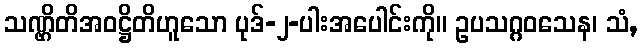
သဏ္ဌိတိအဝဋ္ဌိတိဟူသော ပုဒ်-၂-ပါးအပေါင်းကို။ ဥပသဂ္ဂဝသေန၊ သံ,